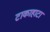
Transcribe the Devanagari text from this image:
टाकाहाटा